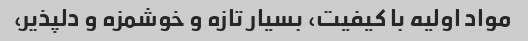
مواد اولیه با کیفیت، بسیار تازه و خوشمزه و دلپذیر،